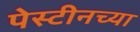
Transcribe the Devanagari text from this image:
पेस्टीनच्या